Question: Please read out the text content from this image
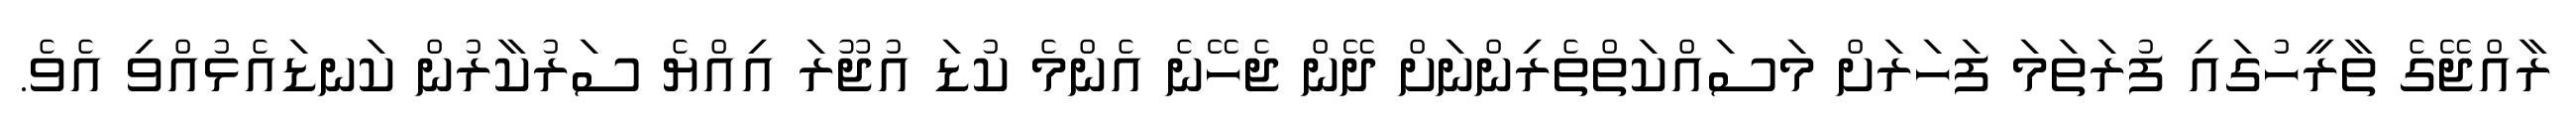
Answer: ރާއްޖޭގެ ތާރީހުގައި ފުރަތަމަ ފަހަރަށް މަސައްކަތްތެރިންނަށް ދޭން ޖެހޭނެ އެންމެ ކުޑަ އުޖޫރަ އިއްޔެ ސަރުކާރުން ކަނޑައެޅުއްވި އެވެ.